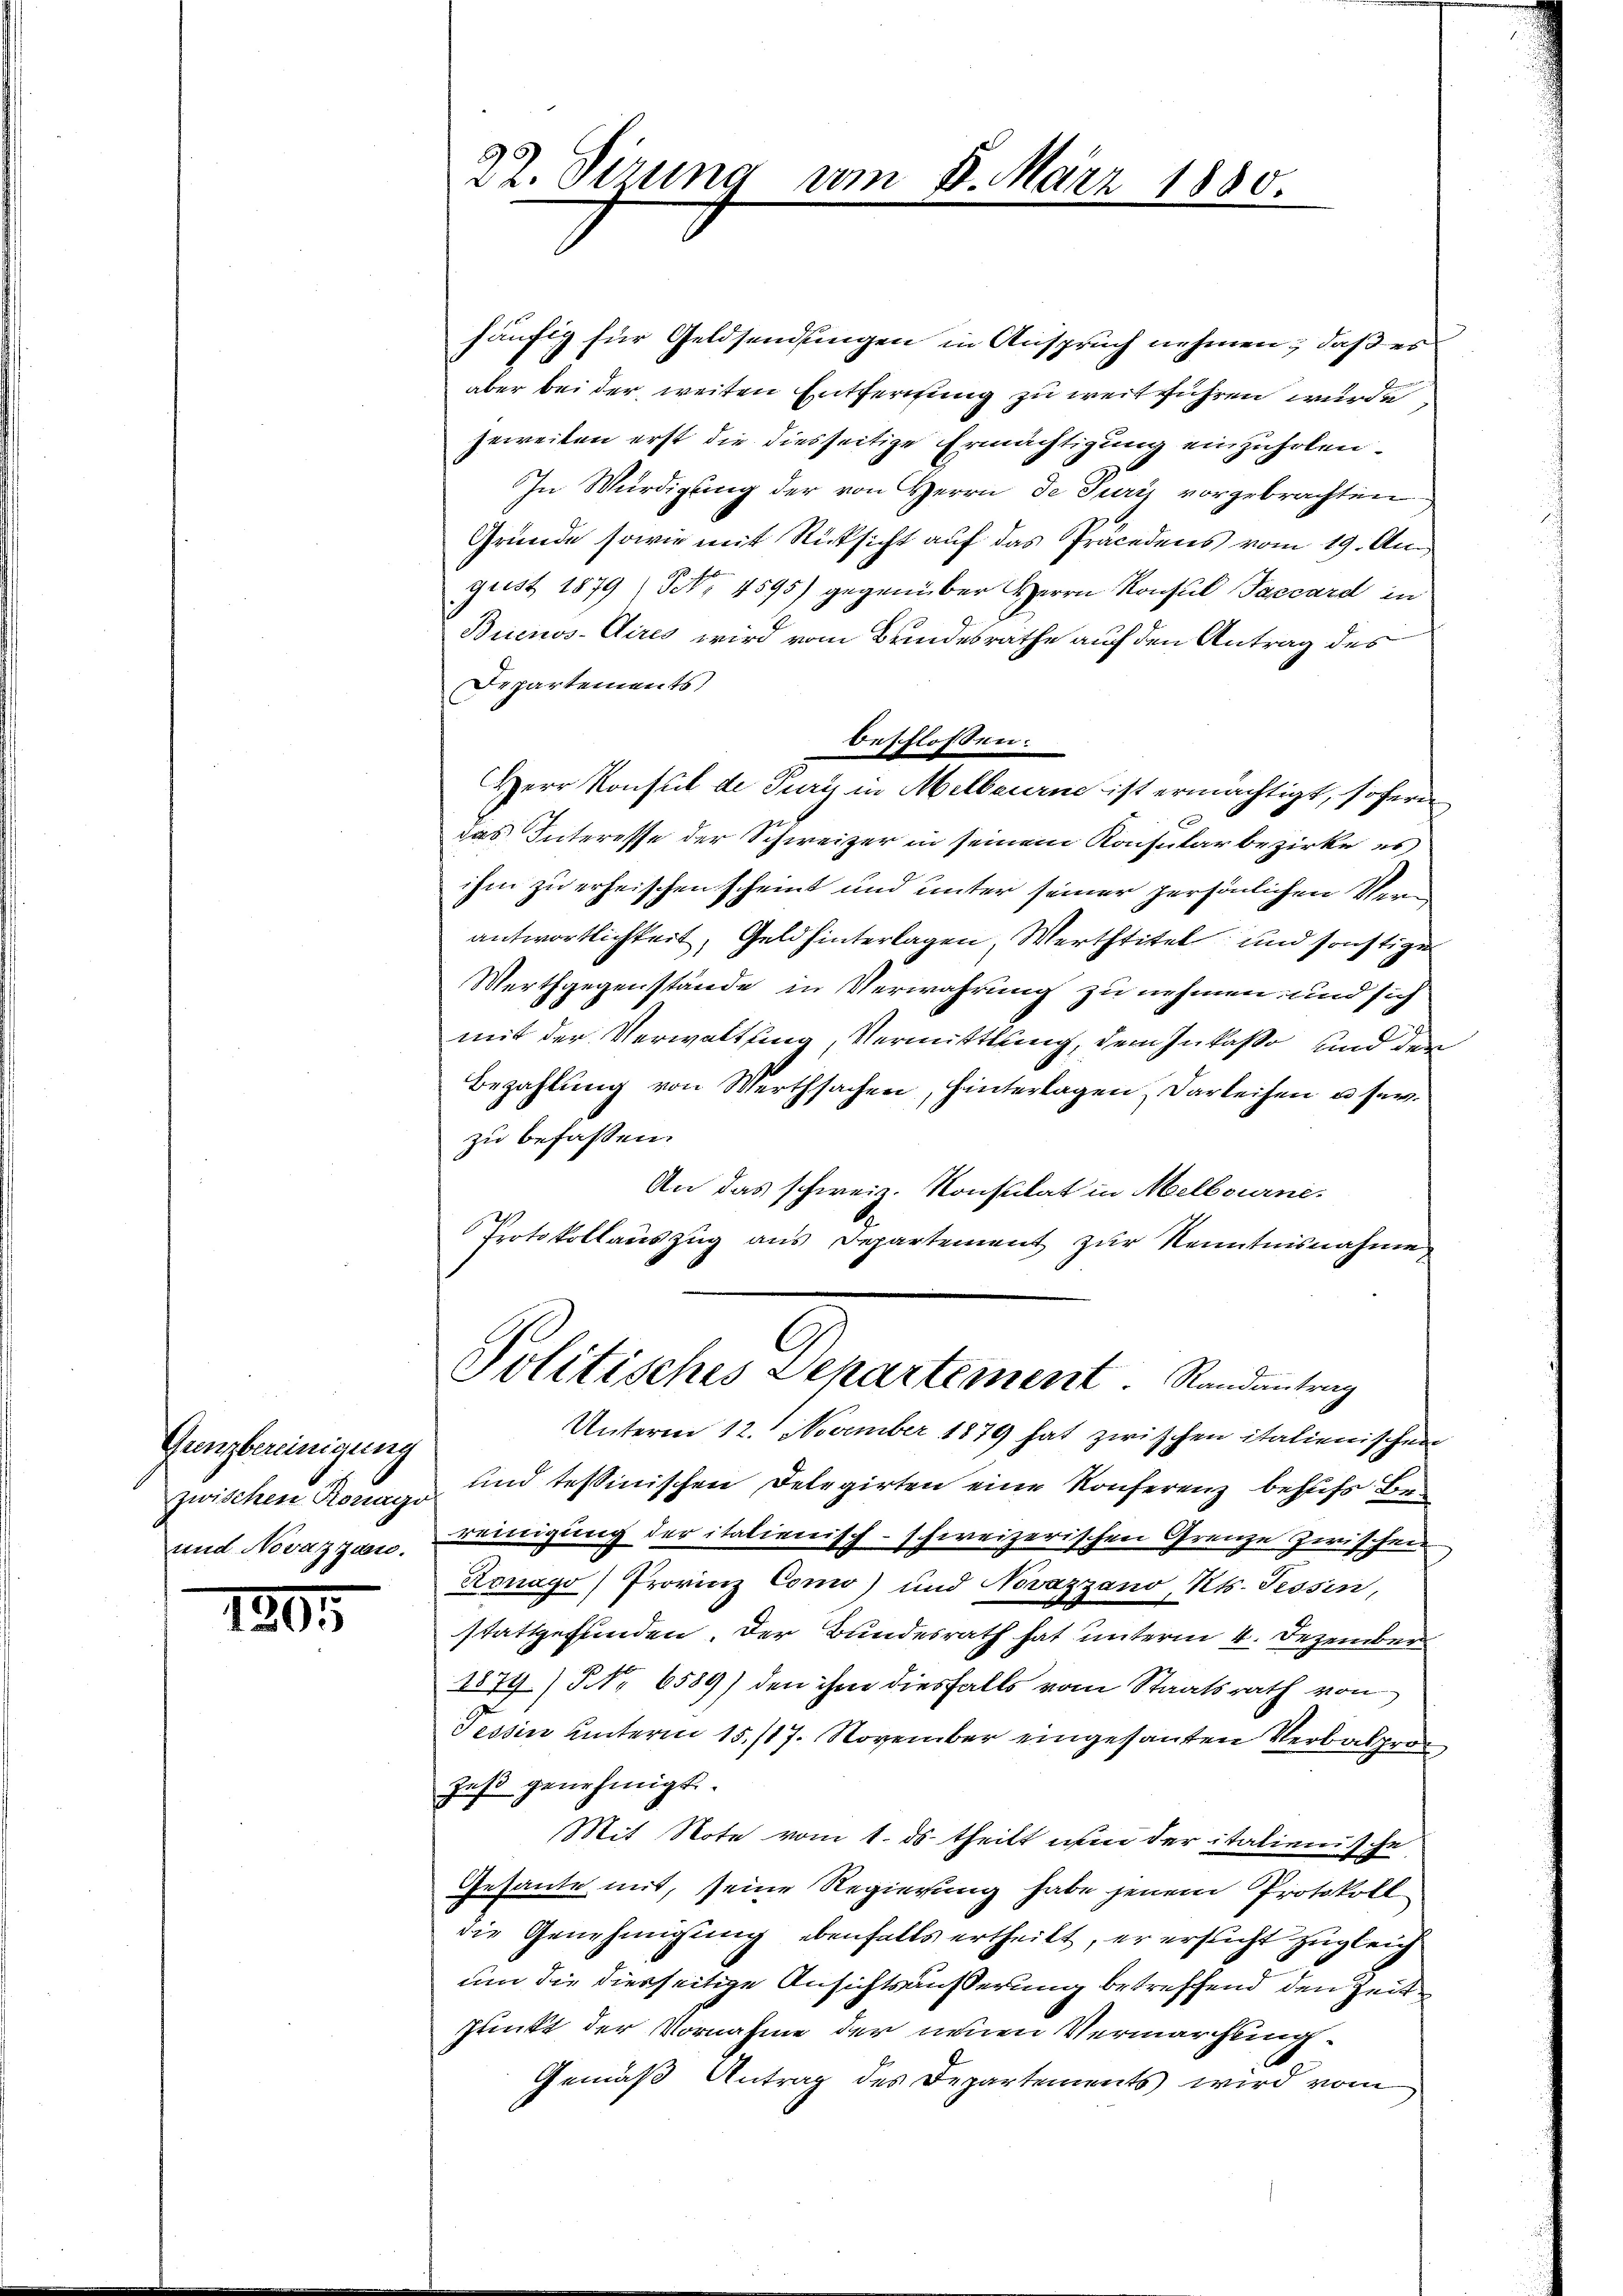
Gunzbereinigung
und Novazzzann.

120

22. Sirung

n

häufig für Geldsendungen in Anspruch nehmen, daß es
aber bei der weiten Entfernung zu weit führen wurde
jeweiten erst die diesseitige Ermächtigung einzuholen.
In Würdigung der von Herrn de Juris vorgebrachten
Gründe sowie mit Rücksicht auf das Präcedens vom 19. Aug.
gust 1879 No 4595) gegenüber Herrn Konsul Taccard in
Buenos-Aires wird vom Brindesrathe auf den Antrag des
Departements
x
das Interesse der Schweizer in seinem Konsular bezirke es
ihm zu erheischen scheint und unter seiner persönlichen Vern
antwortlichkeit, Geld hinterlagen, Werttitel und sonstiger
Werthgegenstände in Verwahrung zu nehmen, und sich
mit der Verwaltung, Vermittlung, dem Inkasso, und der
Bezahlŭng von Werthsachen, hinterlagen Darleihen u sey.
zu befassen.
An das schweiz. Konsulat in Melbourne.
Protokollauszug aus Departement zur Kenntnisnahme

beschlossen:

8. März 1880.

Herr Konsul de Pury in Melbourne ist ermächtigt, soferne

Politisches Departement. Randantrag

Unterm 12. November 1879 hat zwischen italienischen
zwischen Konay und tessinischen Delegirten eine Konferenz behufs Bereinigung der italienisch-schweizerischen Grenze zwischen
Konago) Provinz Como) und Novazzano, Kts. Tessin,
stattgefunden. Der Bundesrath hat unterm 4. Dezember
1879 No 6589) den ihm diesfalls vom Staatsrath von
Tessin unterm 15./17. November eingesanten Verbalpro
Jaβ genehmigt.
Mit Note vom 1. ds. theilt um der italienische
Gesante mit, seine Regierung habe jenem Protokoll-
die Genehmigung ebenfalls ertheilt, er ersucht zugleich
um die diesseitige Ansichtsäußerung betreffend den Zeit
Punkt der Vornahme der neuen Vermärchling
Gemäß Antrag des Departements wird vom